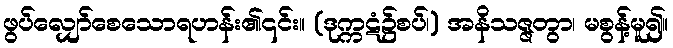
ဖွပ်လျှော်စေသောရဟန်း၏၎င်း။ (ဒုက္ကဋံ၌စပ်၊) အနိသဇ္ဇတွာ၊ မစွန့်မူ၍။